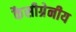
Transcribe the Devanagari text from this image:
कैसीग्रेनीय